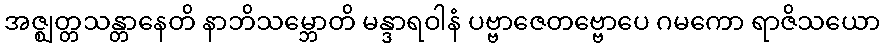
အဇ္ဈတ္တသန္တာနေတိ နာဘိသမ္ဘောတိ မန္ဒာရဝါနံ ပဗ္ဗာဇေတဗ္ဗောပေ ဂမကော ရာဇိသယော